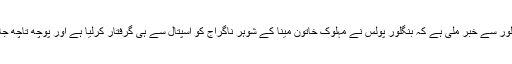
اُدھر بنگلور سے خبر ملی ہے کہ بنگلور پولس نے مہلوک خاتون مینا کے شوہر ناگراج کو اسپتال سے ہی گرفتار کرلیا ہے اور پوچھ تاچھ جاری ہے۔